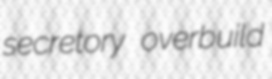
secretory overbuild